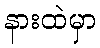
နားထဲမှာ